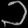
Digit: ၁